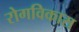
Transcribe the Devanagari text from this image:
रोगविकास